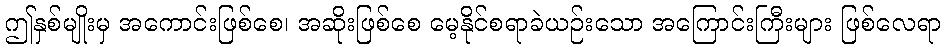
ဤနှစ်မျိုးမှ အကောင်းဖြစ်စေ၊ အဆိုးဖြစ်စေ မေ့နိုင်စရာခဲယဉ်းသော အကြောင်းကြီးများ ဖြစ်လေရာ